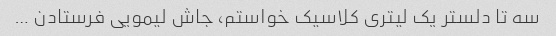
سه تا دلستر یک لیتری کلاسیک خواستم، جاش لیمویی فرستادن …